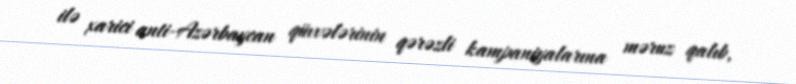
ilə xarici anti-Azərbaycan qüvvələrinin qərəzli kampaniyalarına məruz qalıb,